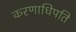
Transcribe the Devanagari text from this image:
करणाधिपति